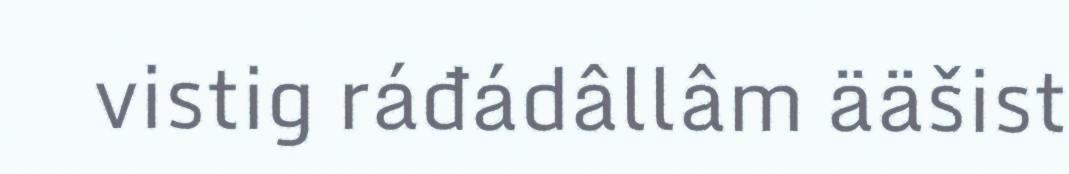
vistig ráđádâllâm ääšist